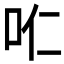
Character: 𱒊